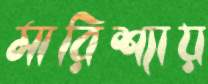
মারিশ্যায়